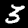
Label: 3